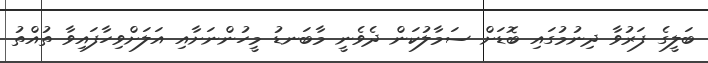
ބަލީގެ ފަރުވާ ދިނުމުގައި ބޮޑަށް ސަމާލުކަން ދެވެނީ މާބަނޑު މީހުންނަށާއި އަލަށްވިހާފައިވާ ތުއްތު